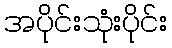
အပိုင်းသုံးပိုင်း